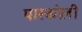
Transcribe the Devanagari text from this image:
पास्कोली